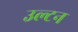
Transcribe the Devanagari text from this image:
उल्टन